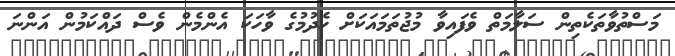
މަސްތުވާތަކެތިން ސަލާމަތް ވެފައިވާ މުޖުތަމައަކަށް ހެދުމުގެ ވާހަކަ އެންމެން ވެސް ދައްކަމުން އަންނަ